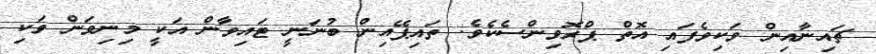
ޗައިނާއިން ވަކިވެފައި އޮތް ޕްރޮވިންސެކެވެ. ތައިޕޭއިން ބުނަނީ ޓައިވާން އަކީ މިނިވަން ވަކި